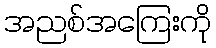
အညစ်အကြေးကို